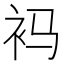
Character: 䘞